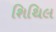
શિથિલ